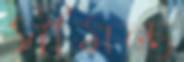
সীমন্ত